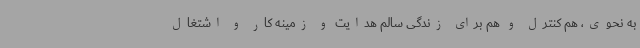
به نحوی، هم کنترل و هم برای زندگی سالم هدایت و زمینه کار و اشتغال